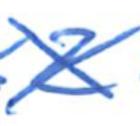
Text: 2
Cross-out: mix
Writing tool: ballpoint